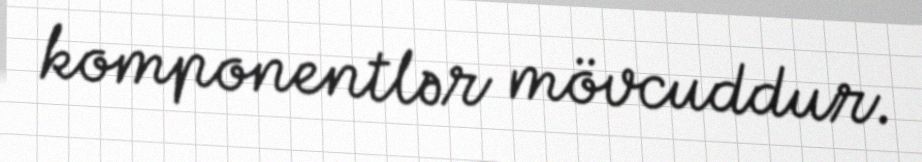
komponentlər mövcuddur.